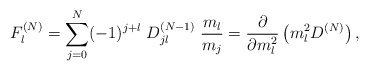
\begin{align*}F_l^{(N)} = \sum\limits_{j=0}^N (-1)^{j+l} \; D_{jl}^{(N-1)} \;\frac{m_l}{m_j}= \frac{\partial}{\partial m_l^2} \left( m_l^2 D^{(N)} \right) ,\end{align*}